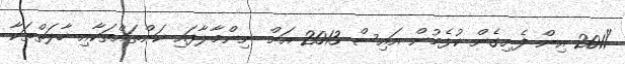
"2011 އިން ފެށިގެން ކުޅެމުން އައިސް 2013 އަށް ނިންމާލާފައި ކަންތައްތަކާއި ހާލަތްތަކާ